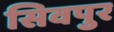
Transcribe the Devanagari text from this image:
सिवपुर